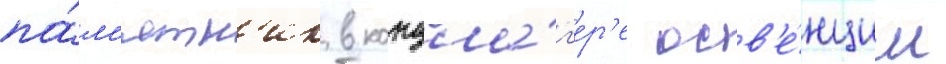
па́м'ятн'ик в концла́г'ер'е осв'е́нцим